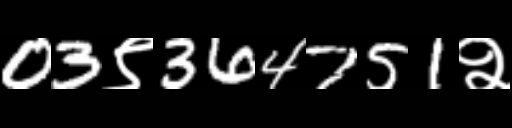
Text: 03९364751२